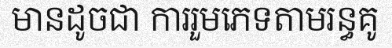
មានដូចជា ការរួមភេទតាមរន្ធគូ